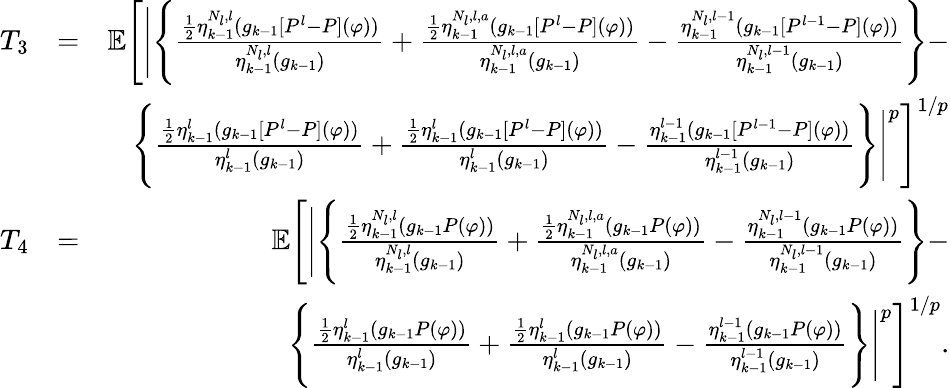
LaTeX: \begin{array}{rlr}{T_{3}}&{=}&{\mathbb{E}\Bigg[\Bigg|\Bigg\{ \frac{\frac{1}{2}\eta_{k-1}^{N_{l},l}(g_{k-1}[P^{l}-P](\varphi))}{\eta_{k-1}^{N_{l},l}(g_{k-1})}+\frac{\frac{1}{2}\eta_{k-1}^{N_{l},l,a}(g_{k-1}[P^{l}-P](\varphi))}{\eta_{k-1}^{N_{l},l,a}(g_{k-1})}-\frac{\eta_{k-1}^{N_{l},l-1}(g_{k-1}[P^{l-1}-P](\varphi))}{\eta_{k-1}^{N_{l},l-1}(g_{k-1})}\Bigg\} -}\\ &{}&{\Bigg\{ \frac{\frac{1}{2}\eta_{k-1}^{l}(g_{k-1}[P^{l}-P](\varphi))}{\eta_{k-1}^{l}(g_{k-1})}+\frac{\frac{1}{2}\eta_{k-1}^{l}(g_{k-1}[P^{l}-P](\varphi))}{\eta_{k-1}^{l}(g_{k-1})}-\frac{\eta_{k-1}^{l-1}(g_{k-1}[P^{l-1}-P](\varphi))}{\eta_{k-1}^{l-1}(g_{k-1})}\Bigg\} \Bigg|^{p}\Bigg]^{1/p}}\\ {T_{4}}&{=}&{\mathbb{E}\Bigg[\Bigg|\Bigg\{ \frac{\frac{1}{2}\eta_{k-1}^{N_{l},l}(g_{k-1}P(\varphi))}{\eta_{k-1}^{N_{l},l}(g_{k-1})}+\frac{\frac{1}{2}\eta_{k-1}^{N_{l},l,a}(g_{k-1}P(\varphi))}{\eta_{k-1}^{N_{l},l,a}(g_{k-1})}-\frac{\eta_{k-1}^{N_{l},l-1}(g_{k-1}P(\varphi))}{\eta_{k-1}^{N_{l},l-1}(g_{k-1})}\Bigg\} -}\\ &{}&{\Bigg\{ \frac{\frac{1}{2}\eta_{k-1}^{l}(g_{k-1}P(\varphi))}{\eta_{k-1}^{l}(g_{k-1})}+\frac{\frac{1}{2}\eta_{k-1}^{l}(g_{k-1}P(\varphi))}{\eta_{k-1}^{l}(g_{k-1})}-\frac{\eta_{k-1}^{l-1}(g_{k-1}P(\varphi))}{\eta_{k-1}^{l-1}(g_{k-1})}\Bigg\} \Bigg|^{p}\Bigg]^{1/p}.}\end{array}